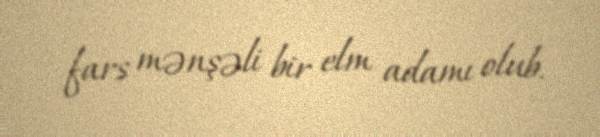
fars mənşəli bir elm adamı olub.